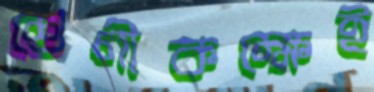
শ্রেণীকক্ষেই